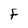
Character: F